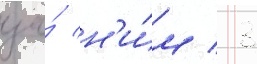
за́ н'и́м / 3